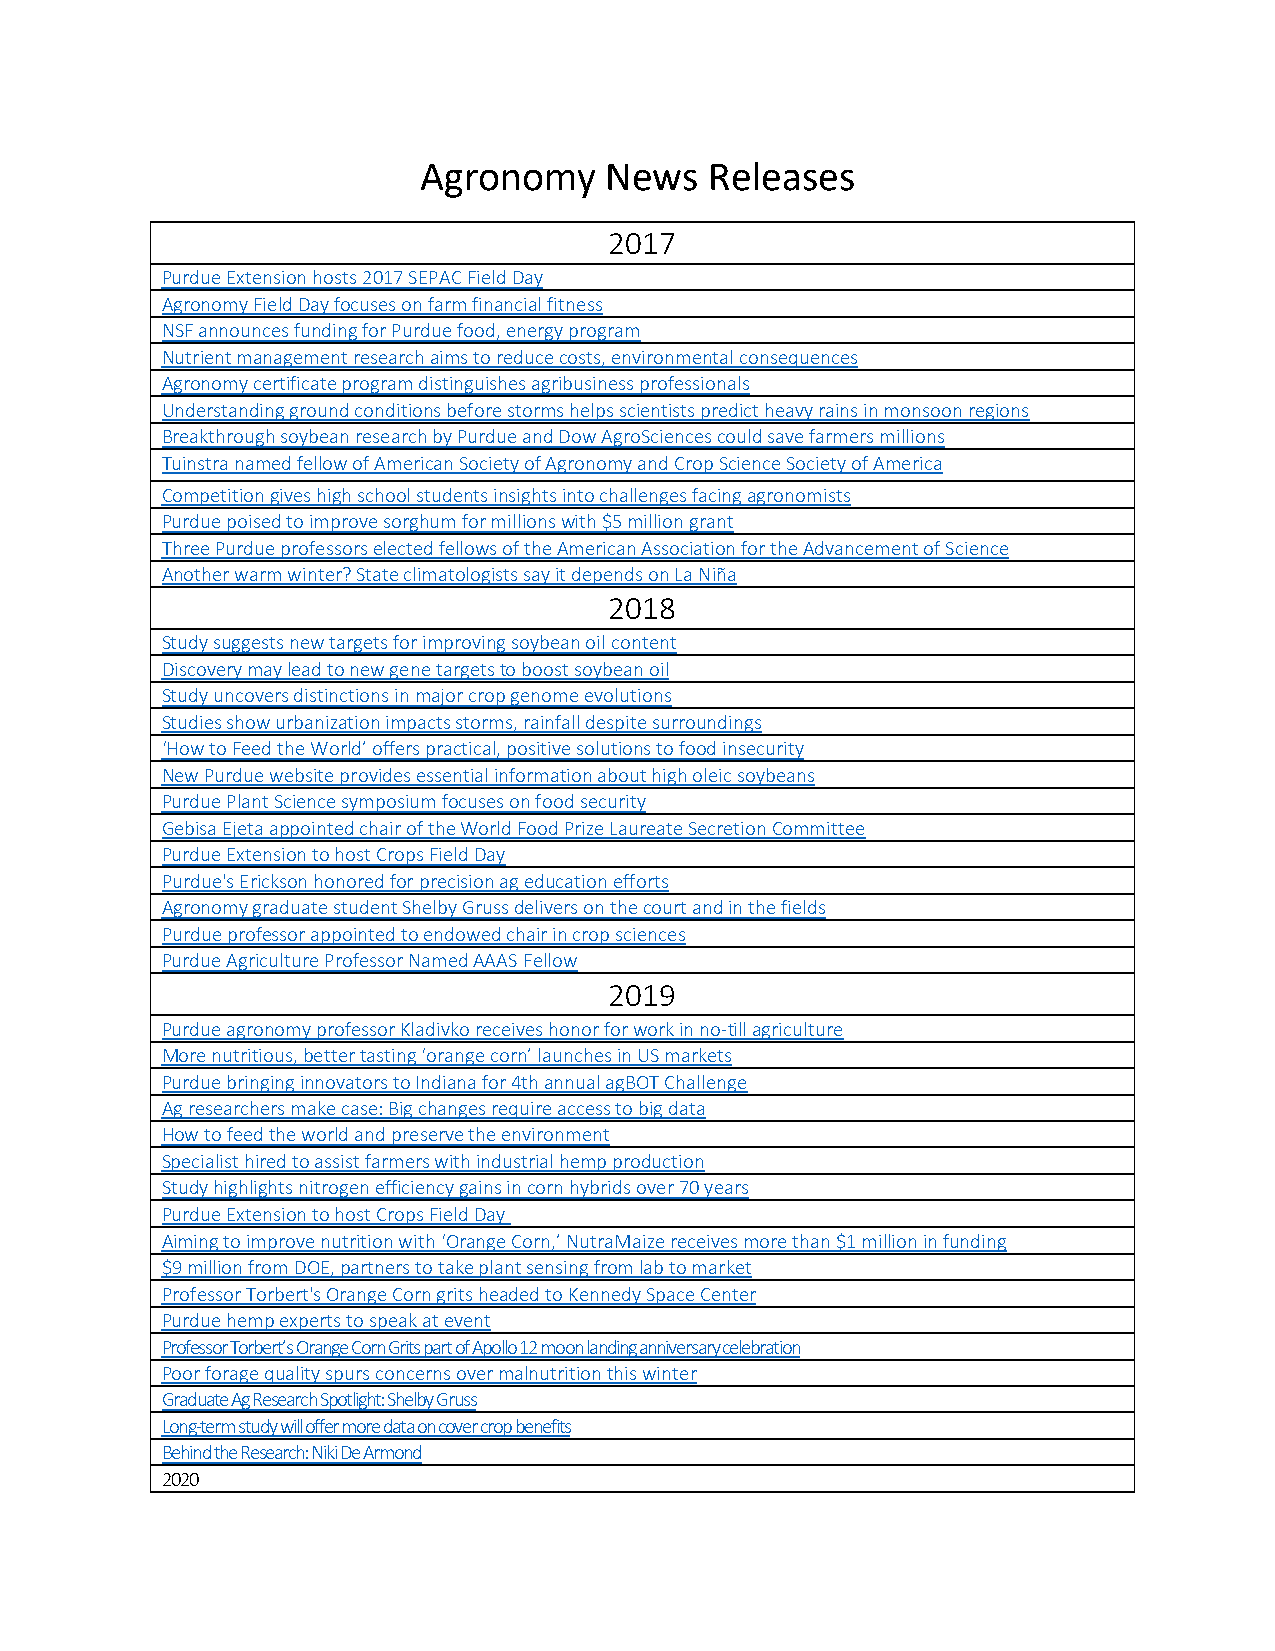
Agronomy    News   Releases
 2017
 Purdue Extension hosts 2017 SEPAC Field Day
 Agronomy Field Day focuses on farm financial fitness
 NSF announces funding for Purdue food, energy program
 Nutrient management research aims to reduce costs, environmental consequences
 Agronomy certificate program distinguishes agribusiness professionals
 Understanding ground conditions before storms helps scientists predict heavy rains in monsoon regions
 Breakthrough soybean research by Purdue and Dow AgroSciences could save farmers millions
 Tuinstra named fellow of American Society of Agronomy and Crop Science Society of America
 Competition gives high school students insights into challenges facing agronomists
 Purdue poised to improve sorghum for millions with $5 million grant
 Three Purdue professors elected fellows of the American Association for the Advancement of Science
 Another warm winter? State climatologists say it depends on La Niña
 2018
 Study suggests new targets for improving soybean oil content
 Discovery may lead to new gene targets to boost soybean oil
 Study uncovers distinctions in major crop genome evolutions
 Studies show urbanization impacts storms, rainfall despite surroundings
 ‘How to Feed the World’ offers practical, positive solutions to food insecurity
 New Purdue website provides essential information about high oleic soybeans
 Purdue Plant Science symposium focuses on food security
 Gebisa Ejeta appointed chair of the World Food Prize Laureate Secretion Committee
 Purdue Extension to host Crops Field Day
 Purdue's Erickson honored for precision ag education efforts
 Agronomy graduate student Shelby Gruss delivers on the court and in the fields
 Purdue professor appointed to endowed chair in crop sciences
 Purdue Agriculture Professor Named AAAS Fellow
 2019
 Purdue agronomy professor Kladivko receives honor for work in no-till agriculture
 More nutritious, better tasting ‘orange corn’ launches in US markets
 Purdue bringing innovators to Indiana for 4th annual agBOT Challenge
 Ag researchers make case: Big changes require access to big data
 How to feed the world and preserve the environment
 Specialist hired to assist farmers with industrial hemp production
 Study highlights nitrogen efficiency gains in corn hybrids over 70 years
 Purdue Extension to host Crops Field Day
 Aiming to improve nutrition with ‘Orange Corn,’ NutraMaize receives more than $1 million in funding
 $9 million from DOE, partners to take plant sensing from lab to market
 Professor Torbert's Orange Corn grits headed to Kennedy Space Center
 Purdue hemp experts to speak at event
 Professor Torbert’s Orange Corn Grits part of Apollo 12 moon landing anniversary celebration
 Poor forage quality spurs concerns over malnutrition this winter
 Graduate Ag Research Spotlight: Shelby Gruss
 Long-term study will offer more data on cover crop benefits
 Behind the Research: Niki De Armond
 2020